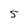
Character: 5